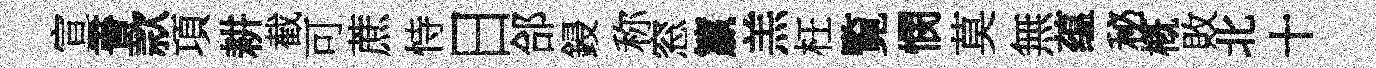
宣書款項耕截可蔗恃日郃鋟称窓籯羔枉覧憫莫無蕴秘槪敗北十